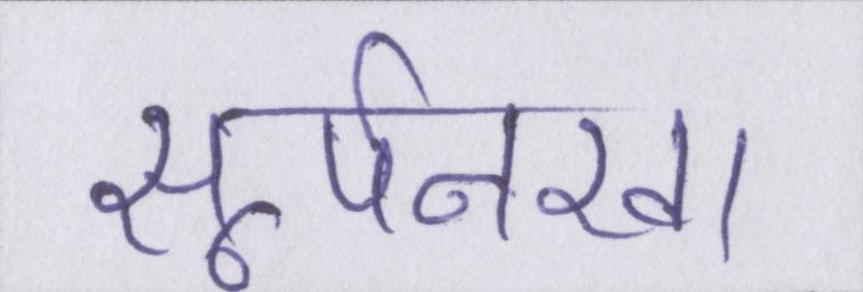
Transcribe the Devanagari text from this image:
सूर्पनखा